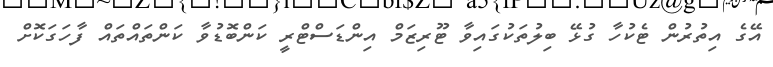
އޭގެ އިތުރުން ޓެކުހާ ގުޅޭ ބިލުތަކުގައިވާ ޓޫރިޒަމް އިންޑަސްޓްރީ ކަންބޮޑުވާ ކަންތައްތައް ފާހަގަކޮށް